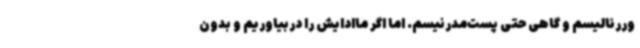
وررئالیسم و گاهی حتی پست‌مدرنیسم. اما اگر ماادایش را دربیاوریم و بدون